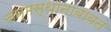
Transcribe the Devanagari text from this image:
जन्मस्थानाबाबत